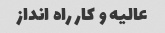
عالیه و کار راه انداز